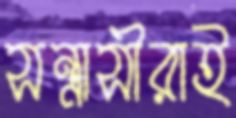
সন্ত্রাসীরাই